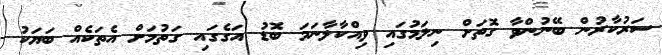
ސަރުކާރުން ބޭނުންވާ ގޮތަށް ނިލަމުގައި ވިއްކާލާނަމަ ބޮޑު އަގެގައި ގަތުމަށް އެތަކެއް ބަޔަކު